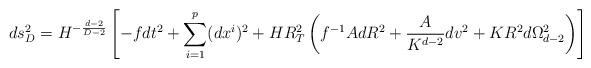
LaTeX: \begin{align*}ds_{D}^2 = H^{-\frac{d-2}{D-2}}\left[ - f dt^2 + \sum_{i=1}^p (dx^i)^2 + H R_T^2\left( f^{-1} A dR^2 + \frac{A}{K^{d-2}} dv^2+ K R^2 d\Omega_{d-2}^2 \right) \right]\end{align*}